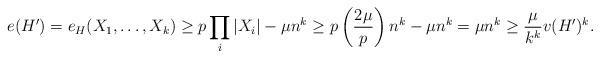
LaTeX: \begin{align*} e(H') = e_H(X_1,\dots,X_k) \geq p \prod_i |X_i| - \mu n^k \geq p \left( \frac{2\mu}{p} \right) n^k - \mu n^k = \mu n^k \geq \frac{\mu}{k^k} v(H')^k.\end{align*}